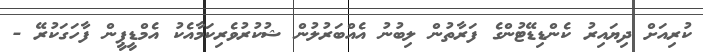
ކުރިއަށް ދިޔައިރު ކެންޑިޑޭޓުންގެ ފަރާތުން ލިބުނު އެއްބަރުލުން ޝުކުރުވެރިކަމާއެކު އެމްޑީޕީން ފާހަގަކުރޭ -